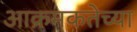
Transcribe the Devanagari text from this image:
आक्रमकतेच्या